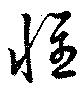
懷